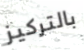
بالتركيز